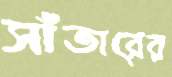
সাঁতারের